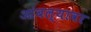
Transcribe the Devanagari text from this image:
आंबल्यावर